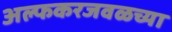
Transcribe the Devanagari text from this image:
अल्फकरजवळच्या